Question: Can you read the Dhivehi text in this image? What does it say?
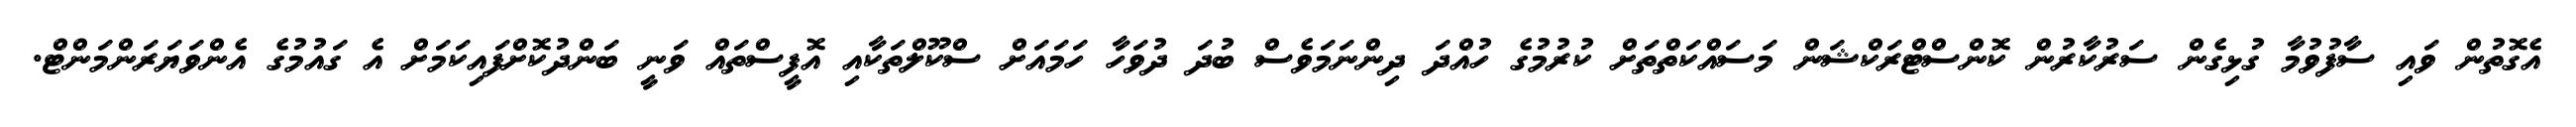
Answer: އެގޮތުން ވައި ސާފުވުމާ ގުޅިގެން ސަރުކާރުން ކޮންސްޓްރަކްޝަން މަސައްކަތްތަށް ކުރުމުގެ ހުއްދަ ދިންނަމަވެސް ބުދަ ދުވަހާ ހަމައަށް ސްކޫލްތަކާއި އޮފީސްތައް ވަނީ ބަންދުކޮށްފައިކަމަށް އެ ގައުމުގެ އެންވަޔަރަންމަންޓް.